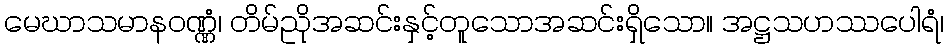
မေဃာသမာနဝဏ္ဏံ၊ တိမ်ညိုအဆင်းနှင့်တူသောအဆင်းရှိသော။ အဋ္ဌသဟဿပေါရံ၊